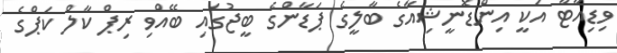
ވިޑިއާޓާ އަކީ އިންޑޮނީޝިއާގެ ބާލީގެ ޕަޑާންގެ ބީޖުގައި ބޭއްވި ރިޕް ކާލް ކަޕްގެ